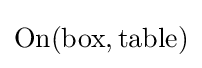
\mathrm {On} (\mathrm {box} ,\mathrm {table} )